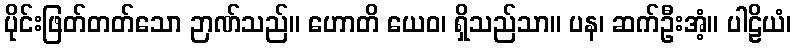
ပိုင်းဖြတ်တတ်သော ဉာဏ်သည်။ ဟောတိ ယေဝ၊ ရှိသည်သာ။ ပန၊ ဆက်ဦးအံ့။ ပါဠိယံ၊